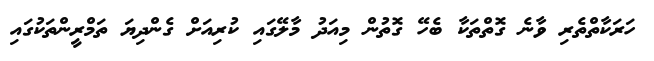
ހަރަކާތްތެރި ވާނެ ގޮތްތަކާ ބެހޭ ގޮތުން މިއަދު މާލޭގައި ކުރިއަށް ގެންދިޔަ ތަމްރީންތަކުގައި